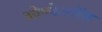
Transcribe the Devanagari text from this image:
ओम्फेलॉस